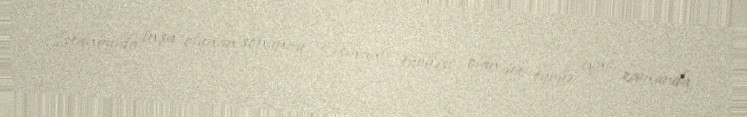
İstanbulda inşa olunan sonuncu Osmanlı türbəsi olan bu türbə eyni zamanda,